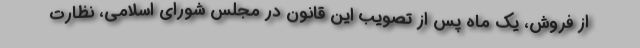
از فروش، یک ماه پس از تصویب این قانون در مجلس شورای اسلامی، نظارت